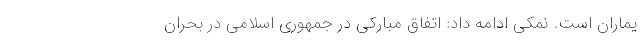
یماران است. نمکی ادامه داد: اتفاق مبارکی در جمهوری اسلامی در بحران